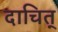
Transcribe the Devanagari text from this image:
दाचित्